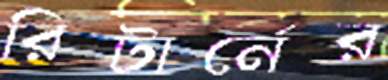
রিটার্নের